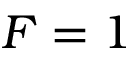
F = 1